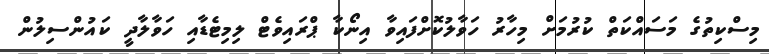
މިސްކިތުގެ މަސައްކަތް ކުރުމަށް މިހާރު ހަވާލުކޮށްފައިވާ އިނޯކާ ޕްރައިވެޓް ލިމިޓެޑާއި ހަވާލާދީ ކައުންސިލުން